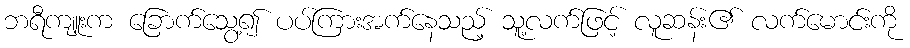
ဘရီကျူးက ခြောက်သွေ့၍ ပပ်ကြားအက်နေသည့် သူ့လက်ဖြင့် လူဆန်း၏ လက်မောင်းကို